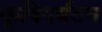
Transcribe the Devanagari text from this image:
कृषिपर्यटन